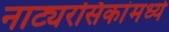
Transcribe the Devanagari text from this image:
नाट्यरसिकांमध्ये